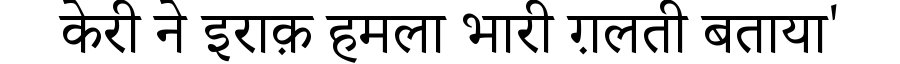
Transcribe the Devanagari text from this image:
केरी ने इराक़ हमला भारी ग़लती बताया'